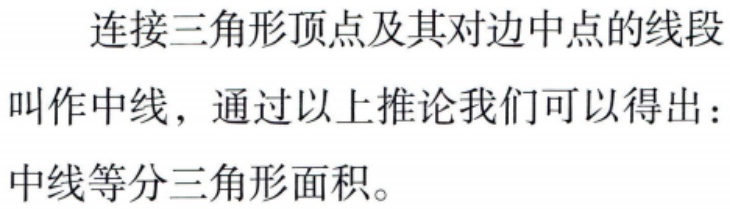
连接三角形顶点及其对边中点的线段叫作中线，通过以上推论我们可以得出：中线等分三角形面积。